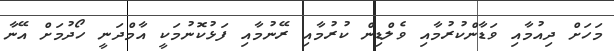
މަހަށް ދިއުމާއި ވަޑާންކުރުމާއި ވެލްޑިން ކުރުމާއި ރޭނުމާއި ފަޅުކޮނުމަކީ އާމްދަނީ ހޯދުމަށް އޭނާ